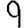
Digit: 9